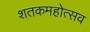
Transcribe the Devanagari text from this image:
शतकमहोत्सव